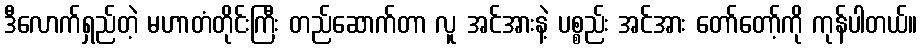
ဒီလောက်ရှည်တဲ့ မဟာတံတိုင်းကြီး တည်ဆောက်တာ လူ အင်အားနဲ့ ပစ္စည်း အင်အား တော်တော့်ကို ကုန်ပါတယ်။